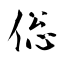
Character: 倊